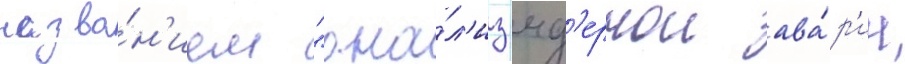
назва́н'ием "ана́л'из яд'ернои ава́р'ии